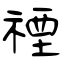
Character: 禋